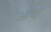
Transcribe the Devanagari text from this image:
ओष्ठः